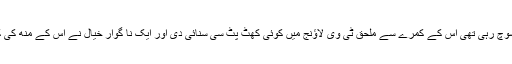
‘‘
شاید یہ اتفاق ہی ہو کہ جب وہ یہ سوچ رہی تھی اس کے کمرے سے ملحق ٹی وی لاؤنج میں کوئی کھٹ پٹ سی سنائی دی اور ایک نا گوار خیال نے اس کے مُنھ کی کڑواہٹ میں کچھ اور اضافہ کر یا:
’’اوہ!